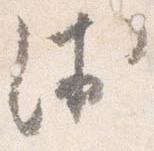
ゑ